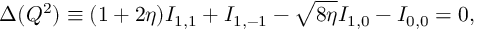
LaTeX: \Delta ( Q ^ { 2 } ) \equiv ( 1 + 2 \eta ) I _ { 1 , 1 } + I _ { 1 , - 1 } - \sqrt { 8 \eta } I _ { 1 , 0 } - I _ { 0 , 0 } = 0 ,